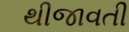
થીજાવતી